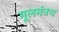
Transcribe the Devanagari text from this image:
मूलमंत्रच